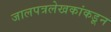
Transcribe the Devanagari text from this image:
जालपत्रलेखकांकडून